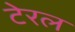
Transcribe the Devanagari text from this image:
टेरल